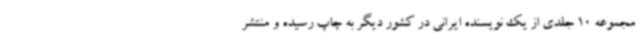
مجموعه 10 جلدی از یک نویسنده ایرانی در کشور دیگر به چاپ رسیده و منتشر